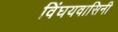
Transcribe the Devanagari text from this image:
विंघयवासिनी